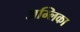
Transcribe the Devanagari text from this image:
अम्लिका